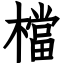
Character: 檔